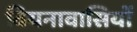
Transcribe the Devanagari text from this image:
वियनावासियों